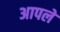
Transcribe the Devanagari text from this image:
अापले